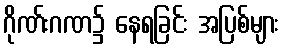
ဂိုဏ်းဂဏ၌ နေရခြင်း အပြစ်များ